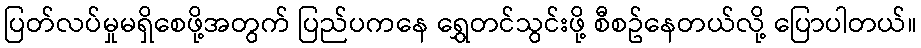
ပြတ်လပ်မှုမရှိစေဖို့အတွက် ပြည်ပကနေ ရွှေတင်သွင်းဖို့ စီစဥ်နေတယ်လို့ ပြောပါတယ်။